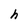
Character: h